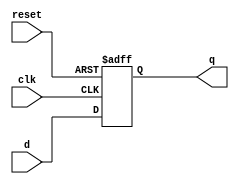
//Modulo para probar el funcionamiento del Phase del procedador
module ffd(input clk, input reset, input d, output reg q);

  always @ (posedge clk, posedge reset)
  if (reset) q <= 1'b0;
  else q <= d;

endmodule

module fft(input clk, reset, output q);

  wire w;
  assign w = ~q;

  ffd a(clk, reset, w, q);

endmodule